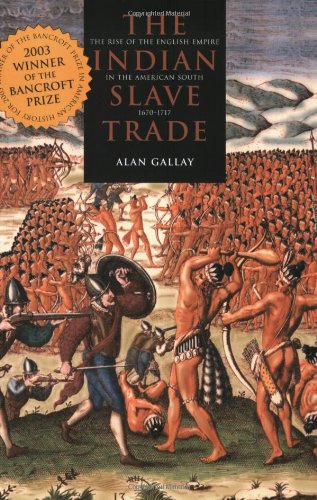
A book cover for The Indian Slave Trade: The Rise of the English Empire in the American South, 1670-1717; Alan Gallay; History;